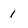
Character: 1